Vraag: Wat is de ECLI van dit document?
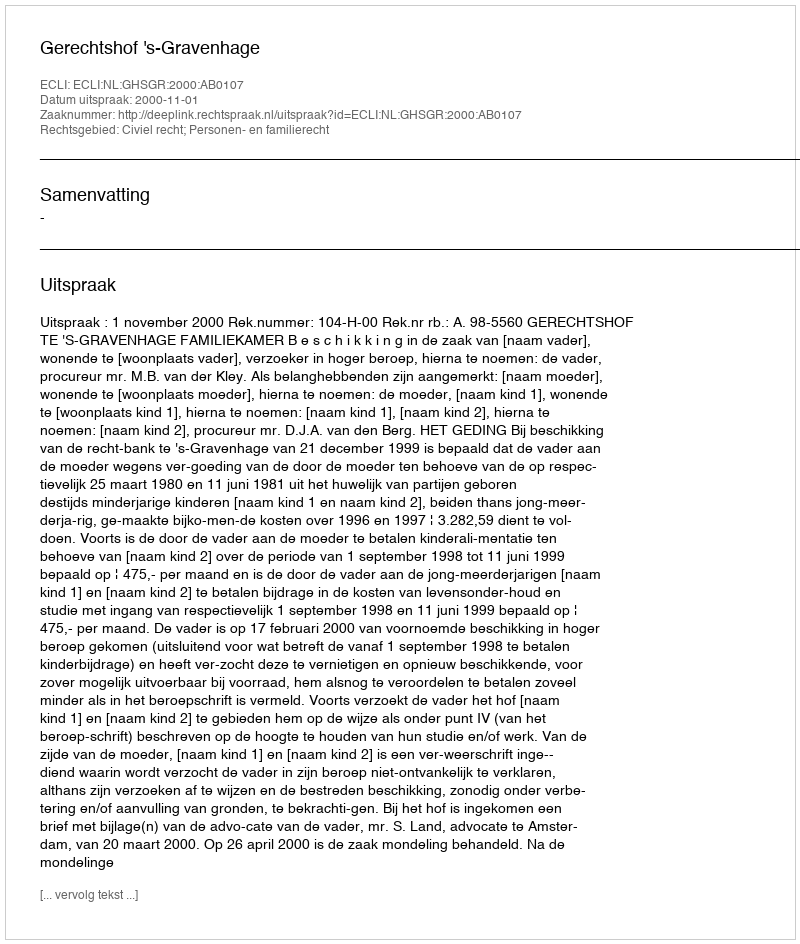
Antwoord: ECLI:NL:GHSGR:2000:AB0107